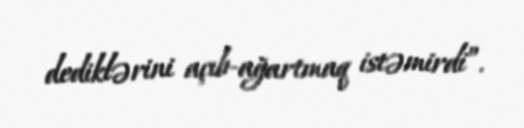
dediklərini açıb-ağartmaq istəmirdi”.